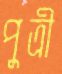
পুত্রী